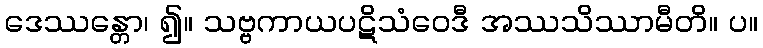
ဒေဿန္တော၊ ၍။ သဗ္ဗကာယပဋိသံဝေဒီ အဿသိဿာမီတိ။ ပ။